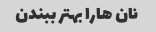
نان هارا بهتر ببندن